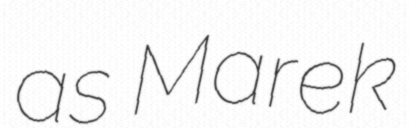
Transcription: as Marek